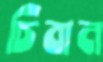
চিবান